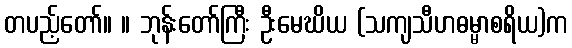
တပည့်တော်။ ။ ဘုန်းတော်ကြီး ဦးမေဃိယ (သကျသီဟဓမ္မာစရိယ)က